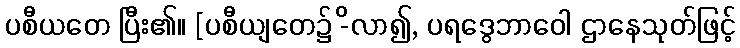
ပစီယတေ ပြီး၏။ [ပစီယျတေ၌ -ိလာ၍, ပရဒွေဘာဝေါ ဌာနေသုတ်ဖြင့်